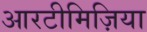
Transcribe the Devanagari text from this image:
आरटीमिज़िया